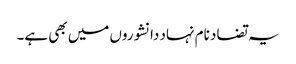
یہ تضاد نام نہاد دانشوروں میں بھی ہے۔